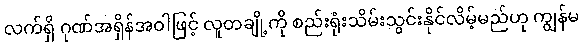
လက်ရှိ ဂုဏ်အရှိန်အဝါဖြင့် လူတချို့ကို စည်းရုံးသိမ်းသွင်းနိုင်လိမ့်မည်ဟု ကျွန်မ